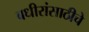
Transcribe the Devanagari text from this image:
बधीरांसाठीचे